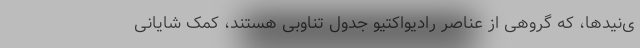
ی‌نید‌ها، که گروهی از عناصر رادیواکتیو جدول تناوبی هستند، کمک شایانی